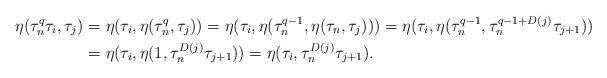
LaTeX: \begin{align*} \eta(\tau_n^q\tau_i, \tau_j)&=\eta(\tau_i, \eta(\tau_n^q, \tau_j))=\eta(\tau_i, \eta(\tau_n^{q-1}, \eta(\tau_n, \tau_j)))=\eta(\tau_i, \eta(\tau_n^{q-1}, \tau_n^{q-1+D(j)}\tau_{j+1}))\\&=\eta(\tau_i, \eta(1, \tau_n^{D(j)}\tau_{j+1}))=\eta(\tau_i, \tau_n^{D(j)}\tau_{j+1}). \end{align*}